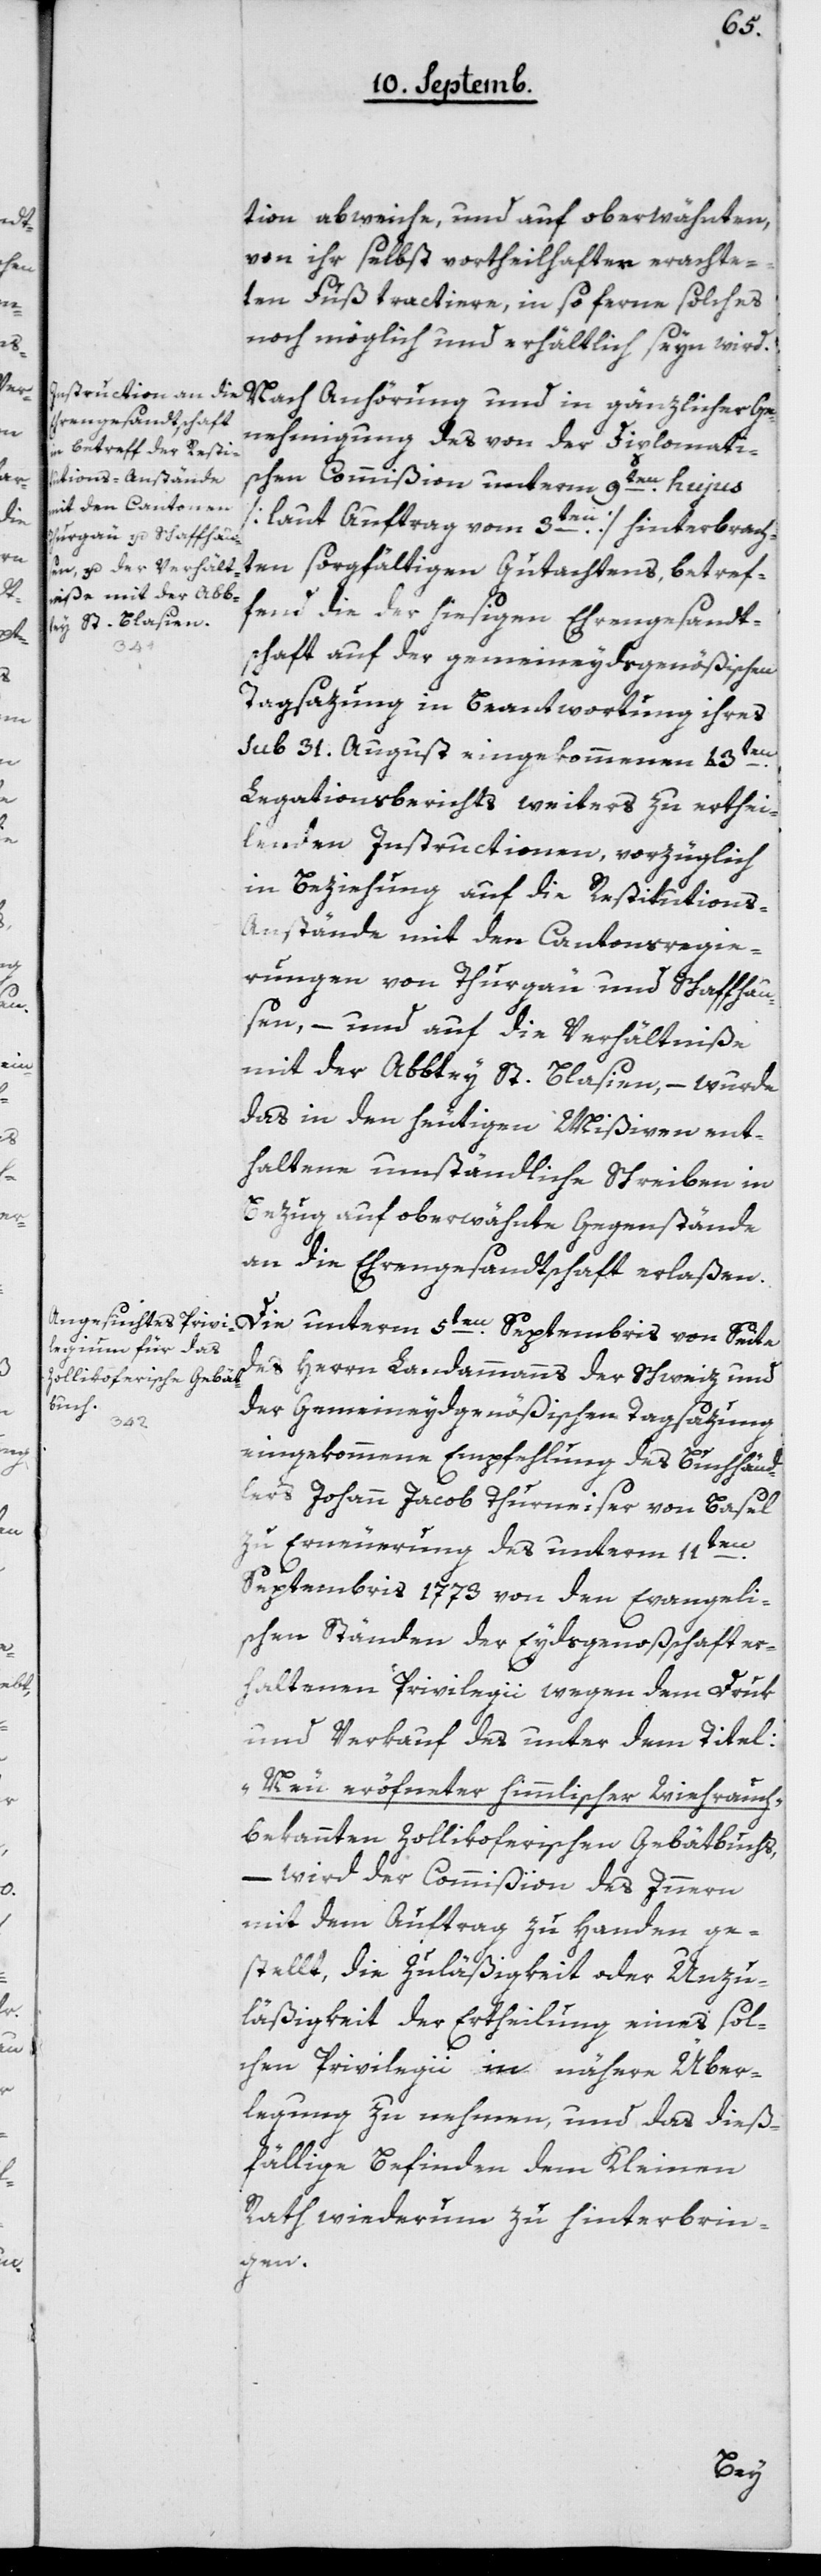
tion abweiche, und auf oberwähnten,
von ihr selbst vortheilhafter erachte¬
ten Fuß tractiere, in so ferne solches
noch möglich und erhältlich seyn wird.
Nach Anhörung und in gänzlicher Ge¬
nehmigung des von der diplomati¬
schen Commißion unterm 9ten hujus
[laut Auftrag vom 3ten] hinterbrach¬
ten sorgfältigen Gutachtens, betref¬
fend die der hiesigen Ehrengesandt¬
schaft auf der gemeineydsgenößischen
Tagsazung in Beantwortung ihres
sub 31. August eingekommenen 43ten
Legationsberichts weiters zu erthei¬
lenden Instructionen, vorzüglich
in Beziehung auf die Restitutions-A¬
nstände mit den Cantonsregie¬
rungen von Thurgau und Schaffhau¬
sen, – und auf die Verhältniße
mit der Abbtey St. Blasien, – wurde
das in den heutigen Mißiven ent¬
haltene umständliche Schreiben in
Bezug auf oberwähnte Gegenstände
an die Ehrengesandtschaft erlaßen.
Die unterm 5ten Septembris von Seite
des Herrn Landammanns der Schweiz und
der Gemeineydgenößischen Tagsazung
eingekommene Empfehlung des Buchhänd¬
lers Johann Jacob Thurneiser von Basel,
Erneuerung des unterm 11ten
Septembris 1773 von den Evangeli¬
schen Ständen der Eydsgenoßenschaft er¬
haltenen Privilegii wegen dem Druk
und Verkauf des unter dem Titel:
„Neu eröffneter himmlischer Weihrauch“
bekannten Zollikoferischen Gebätbuchs
– wird der Commißion des Innern
mit dem Auftrag zu Handen ge¬
stellt, die Zuläßigkeit oder Unzu¬
läßigkeit der Ertheilung eines sol¬
chen Privilegii in nähere Über¬
legung zu nehmen, und das dieß¬
fällige Befinden dem Kleinen
Rath wiederum zu hinterbrin¬
gen.